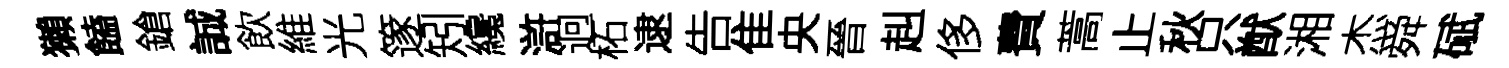
獺饁鎗誠飲維光篴矧纔滸迥柘逮告隹央晉赳侈費蒿止秋只猷湘杰舜碔